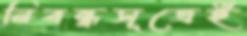
নিবন্ধসূত্রেই